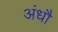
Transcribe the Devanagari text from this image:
अंधौ